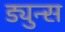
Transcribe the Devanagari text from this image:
ड्युन्स